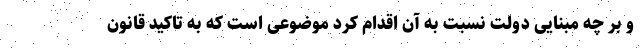
و بر چه مبنایی دولت نسبت به آن اقدام کرد موضوعی است که به تاکید قانون